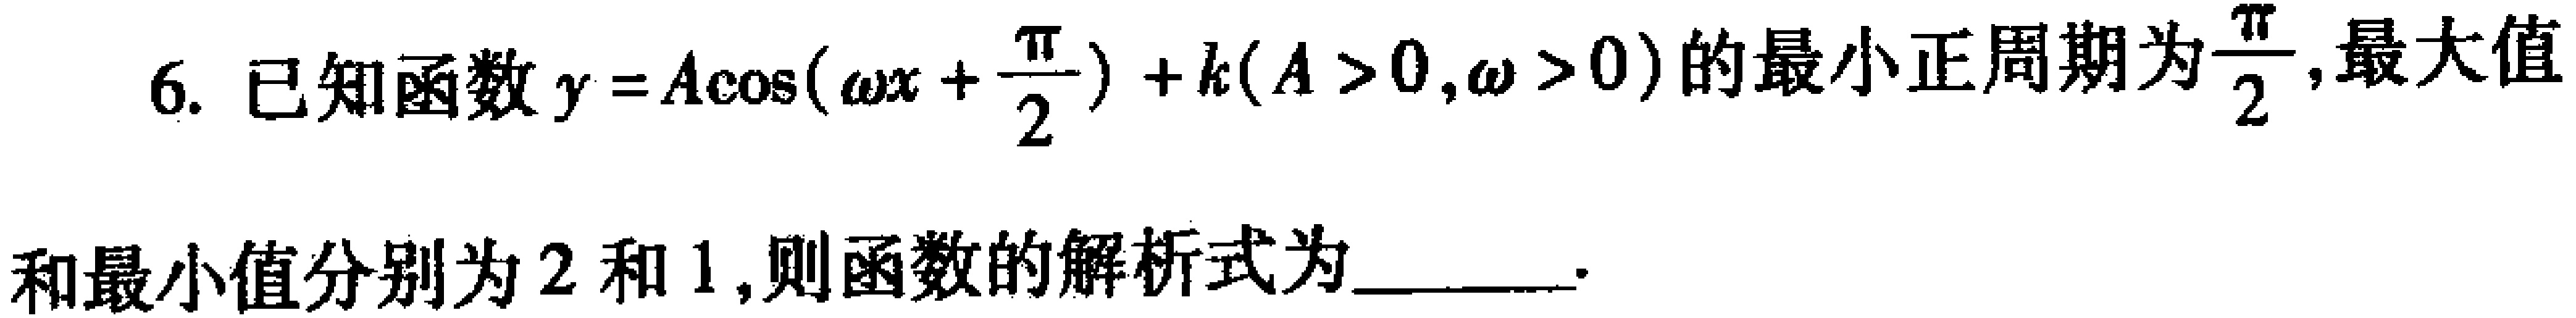
已知函数$y = A\cos(\omega x+\frac{\pi}{2})+k(A > 0,\omega > 0)$的最小正周期为$\frac{\pi}{2}$,最大值和最小值分别为$2$和$1$,则函数的解析式为________.